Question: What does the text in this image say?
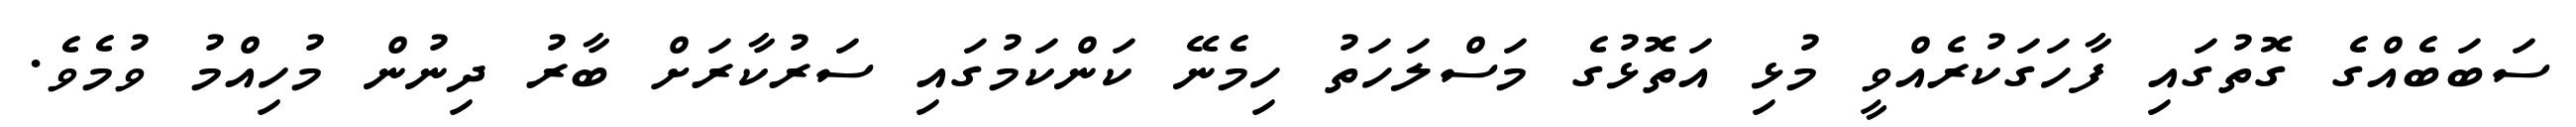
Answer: ސަބަބެއްގެ ގޮތުގައި ފާހަގަކުރެއްވީ މުޅި އަތޮޅުގެ މަސްލަހަތު ހިމެނޭ ކަންކަމުގައި ސަރުކާރަށް ބާރު ދިނުން މުހިއްމު ވުމެވެ.